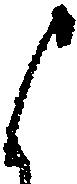
よ